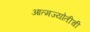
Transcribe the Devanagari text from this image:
आत्मज्योतीची